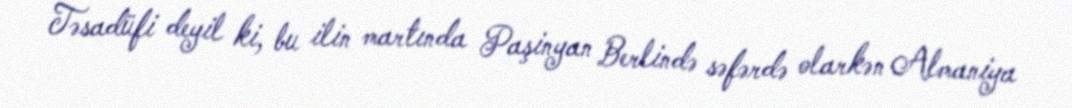
Təsadüfi deyil ki, bu ilin martında Paşinyan Berlində səfərdə olarkən Almaniya